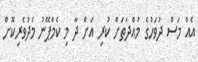
އެއް މަސް ދުވަހުގެ މުއްދަތަށް ކުރި އަށް ދާ މި ކެމްޕޭނު މެދުވެރިކޮށް